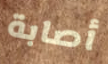
أصابة